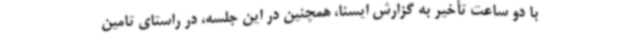
با دو ساعت تأخیر به گزارش ایسنا، همچنین در این جلسه، در راستای تامین